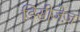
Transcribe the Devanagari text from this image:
डिसीज़ेज़